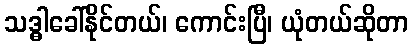
သဒ္ဓါခေါ်နိုင်တယ်၊ ကောင်းပြီ၊ ယုံတယ်ဆိုတာ